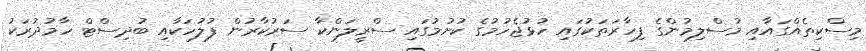
މިސްކިތެއްގައާއި މުސްލިމުންގެ ފިހާރަތަކުގައި ހުޅުޖެހުމުގެ ކުށުމުގައި ސްރީލަންކާ ސަރުކާރުން ފުލުހަކާއި ބުދިސްޓް ހާމުދުރަކު